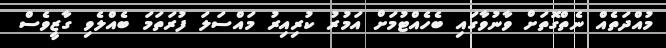
މުއްދަތެއް ނެތްގޮތަށް ވާނުވާގައި ބެހެއްޓުމަށް އަމުރު ކުރިއިރު މައްސަލަ ފުރަތަމަ ބެއްލެވި ގާޒީވެސް